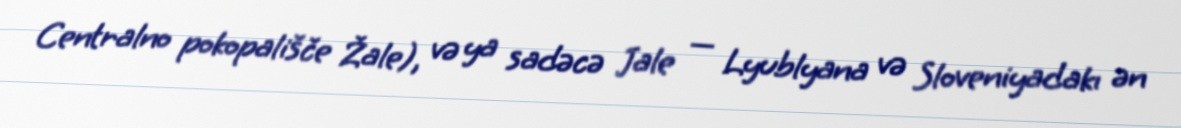
Centralno pokopališče Žale), və ya sadəcə Jale — Lyublyana və Sloveniyadakı ən